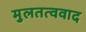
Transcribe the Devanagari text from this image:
मुलतत्ववाद